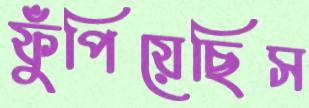
ফুঁপিয়েছিস